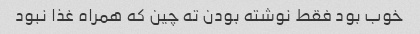
خوب بود فقط نوشته بودن ته چین که همراه غذا نبود